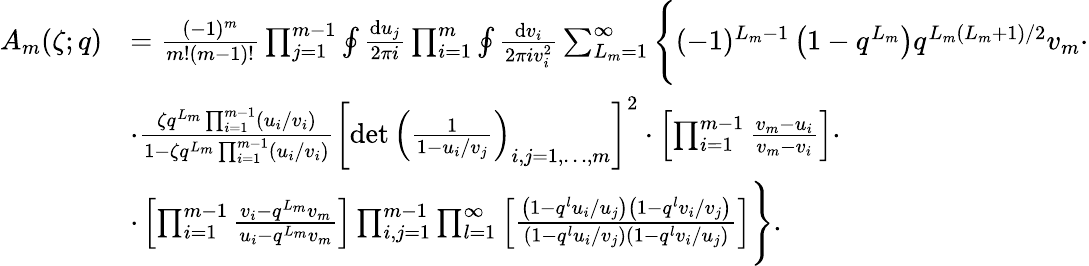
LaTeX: \begin{array}{rl}{A_{m}(\zeta;q)}&{=\frac{(-1)^{m}}{m!(m-1)!}\prod_{j=1}^{m-1}\oint\frac{{\mathrm{d}}u_{j}}{2\pi i}\prod_{i=1}^{m}\oint\frac{{\mathrm{d}}v_{i}}{2\pi iv_{i}^{2}}\sum_{L_{m}=1}^{\infty}\Bigg\{ (-1)^{L_{m}-1}\left(1-q^{L_{m}}\right)q^{L_{m}(L_{m}+1)/2}v_{m}\cdot}\\ &{\cdot\frac{\zeta q^{L_{m}}\prod_{i=1}^{m-1}\left(u_{i}/v_{i}\right)}{1-\zeta q^{L_{m}}\prod_{i=1}^{m-1}\left(u_{i}/v_{i}\right)}\left[\operatorname*{det}\left(\frac{1}{1-u_{i}/v_{j}}\right)_{i,j=1,\dots,m}\right]^{2}\cdot\left[\prod_{i=1}^{m-1}\frac{v_{m}-u_{i}}{v_{m}-v_{i}}\right]\cdot}\\ &{\cdot\left[\prod_{i=1}^{m-1}\frac{v_{i}-q^{L_{m}}v_{m}}{u_{i}-q^{L_{m}}v_{m}}\right]\prod_{i,j=1}^{m-1}\prod_{l=1}^{\infty}\left[\frac{\left(1-q^{l}u_{i}/u_{j}\right)\left(1-q^{l}v_{i}/v_{j}\right)}{\left(1-q^{l}u_{i}/v_{j}\right)\left(1-q^{l}v_{i}/u_{j}\right)}\right]\Bigg\} .}\end{array}